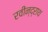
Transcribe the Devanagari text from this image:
रवीन्द्राथ